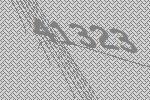
41323